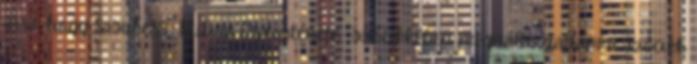
arra, hogy Sasuke88 Bulma laptörténete szócikkében megváltoztattam a szócikk